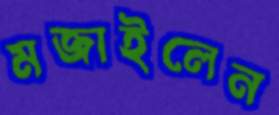
মজাইলেন